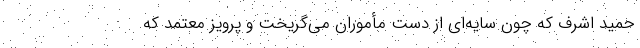
حمید اشرف که چون سایه‌ای از دست مأموران می‌گریخت و پرویز معتمد که